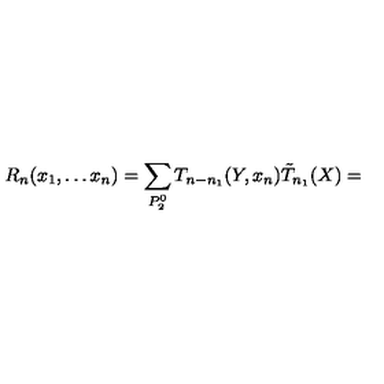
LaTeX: R _ { n } ( x _ { 1 } , \ldots x _ { n } ) = \sum _ { P _ { 2 } ^ { 0 } } T _ { n - n _ { 1 } } ( Y , x _ { n } ) \tilde { T } _ { n _ { 1 } } ( X ) =